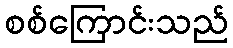
စစ်ကြောင်းသည်